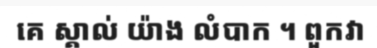
គេ ស្គាល់ យ៉ាង លំបាក ។ ពួកវា